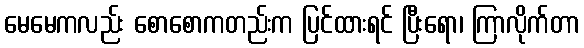
မေမေကလည်း စောစောကတည်းက ပြင်ထားရင် ပြီးရော၊ ကြာလိုက်တာ